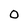
Character: 0